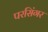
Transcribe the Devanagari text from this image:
परसिंगर